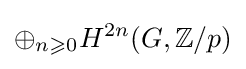
\oplus _{n\geqslant 0}H^{2n}(G,\mathbb {Z} /p)